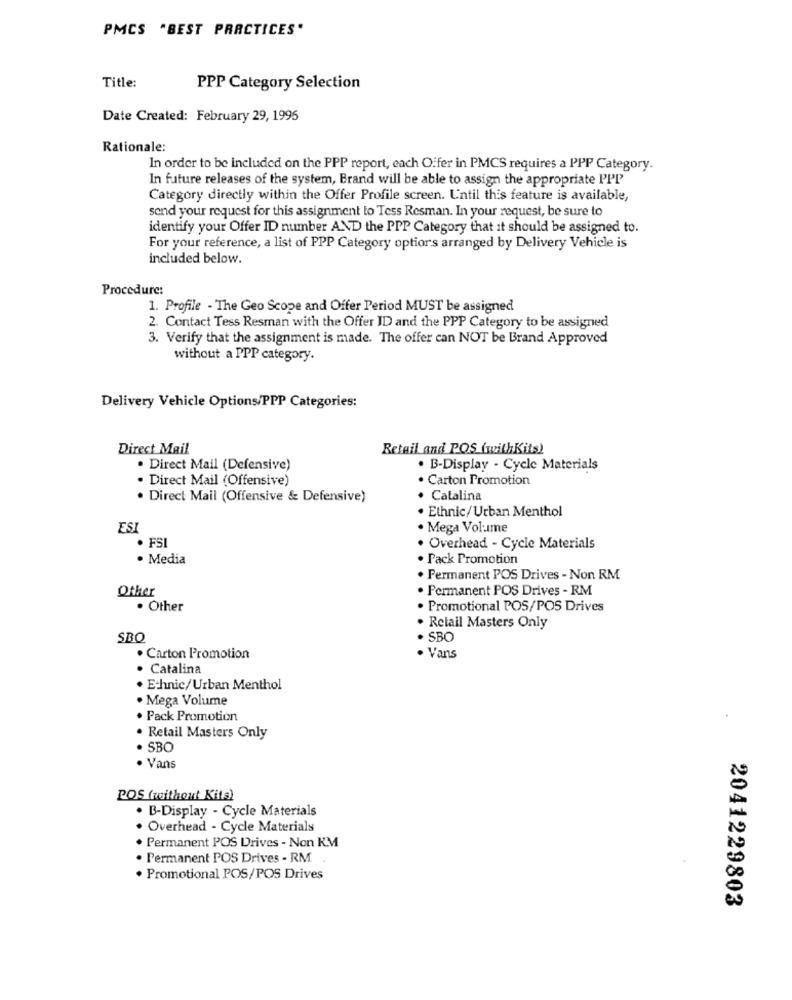
PMCS "BEST PRACTICES"
Title:
PPP Category Selection
Date Created: February 29, 1995
Rationale:
In order to be included on the PPP report, each Offer in PMCS requires a PPP Category.
In future releases of the system, Brand will be able to assign the appropriate PPP
Category directly within the Offer Profile screen. Until this feature is available,
send your request for this assignment to Tess Resman. In your request, be sure to
identify your Offer ID number AND the PPP Category that it should be assigned to.
For your reference, a list of PPP Category optiors arranged by Delivery Vehicle is
included below.
Procedure:
1. Profile - The Geo Scope and Offer Period MUST be assigned
2. Contact Tess Resman with the Offer ID and the PPP Category to be assigned
3. Verify that the assignment is made. The offer can NOT be Brand Approved
without a PPP category.
Delivery Vehicle Options/PPP Categories:
Direct Mail
Retail and POS (withKits)
. Direct Mail (Defensive)
. B-Display - Cycle Materials
Direct Mail (Offensive)
. Carton Promotion
· Direct Mail (Offensive & Defensive)
· Catalina
. Ethnic/Urban Menthol
ESI
. Mega Volume
. FSI
. Overhead - Cycle Materials
· Media
. Pack Promotion
. Permanent POS Drives - Non RM
Other
· Permanent POS Drives - RM
. Other
· Promotional POS/POS Drives
Retail Masters Only
SBO
· SBO
. Carton Promotion
· Vans
. Catalina
. Ethnic/Urban Menthol
. Mega Volume
. Pack Promotion
. Retail Masters Only
. SBO
. Vans
POS (without Kits)
. B-Display - Cycle Materials
. Overhead - Cycle Materials
. Permanent POS Drives - Non KM
. Permanent POS Drives - RM. .
. Promotional POS/POS Drives
2041229803